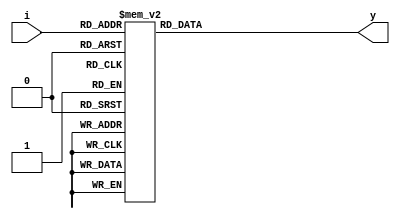
//3:8 Decoder using Behavioral level Modelling, Verilog

module DECODER_3_8(output reg [7:0] y,input [2:0] i);
    always@(*)
	 begin
	 case(i)
        3'b000:
            y<=8'b00000001;
        3'b001:
            y<=8'b00000010;
        3'b010:
            y<=8'b00000100;
        3'b011:
            y<=8'b00001000;
        3'b100:
            y<=8'b00010000; 
        3'b101:
            y<=8'b00100000;
        3'b110:
            y<=8'b01000000;
        3'b111:
            y<=8'b10000000;
	 endcase
	 end
endmodule